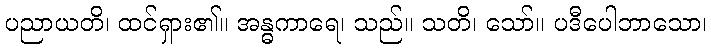
ပညာယတိ၊ ထင်ရှား၏။ အန္ဓကာရေ၊ သည်။ သတိ၊ သော်။ ပဒီပေါဘာသော၊